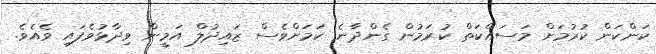
ކަންކަން ކުރުމަށް މަސައްކަތް ކުރަމުން ގެންދާނެ ކަމަށްވެސް ޒައިދުލް އަމީން ވިދާޅުވެފައި ވެއެވެ.